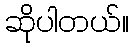
ဆိုပါတယ်။